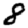
Digit: 8